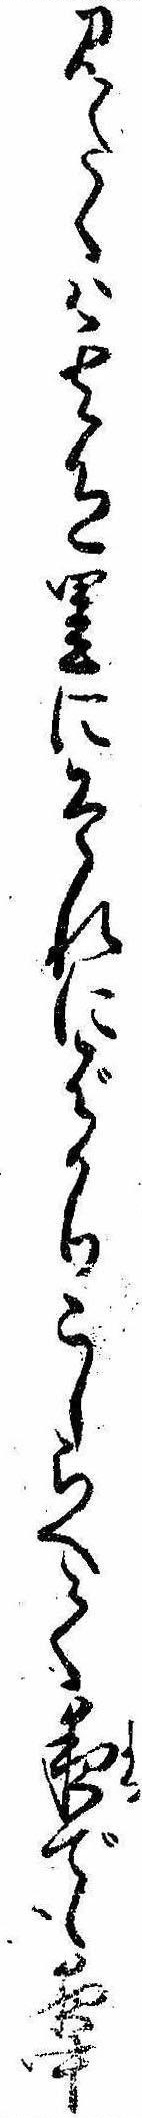
見たくば其色里にそれにばかりこしらへて夜でも夜中